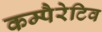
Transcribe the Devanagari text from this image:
कम्पैरेटिव